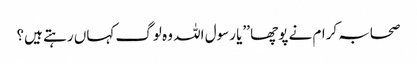
صحابہ کرام نے پوچھا ’’یا رسول اللہ وہ لوگ کہاں رہتے ہیں؟